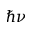
\hbar \nu